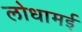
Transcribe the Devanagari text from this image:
लोधामई